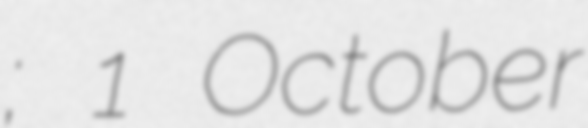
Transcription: Αιγίνης; 1 October